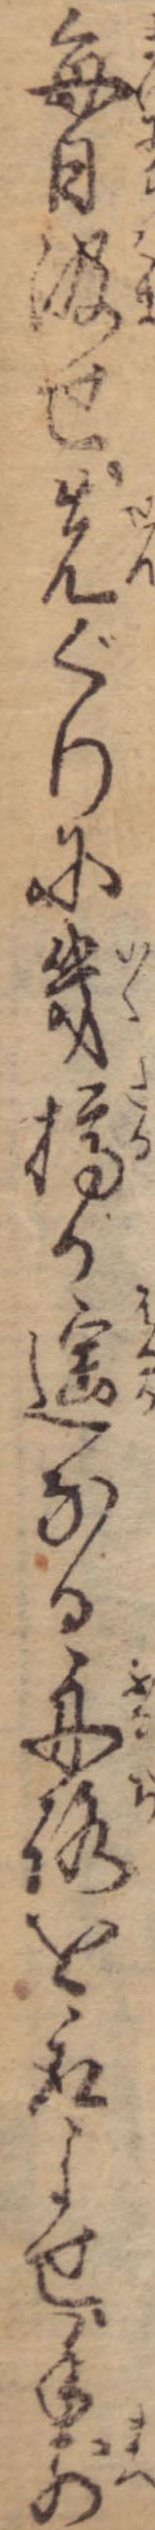
毎日汲せ先ぐりに幾樽か遥なる舟路を取よせ手前